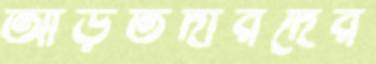
আড়তদারদের